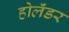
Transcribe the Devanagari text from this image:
होलॅंडर